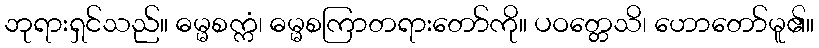
ဘုရားရှင်သည်။ ဓမ္မစက္ကံ၊ ဓမ္မစကြာတရားတော်ကို။ ပဝတ္တေသိ၊ ဟောတော်မူ၏။